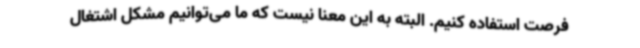
فرصت استفاده کنیم. البته به این معنا نیست که ما می‌توانیم مشکل اشتغال